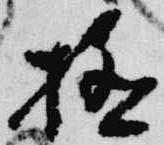
極